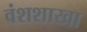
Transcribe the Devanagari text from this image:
वंशशाखा